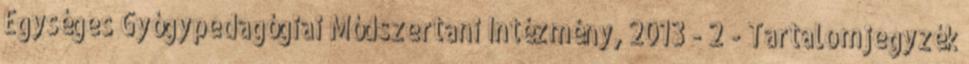
Egységes Gyógypedagógiai Módszertani Intézmény, 2013 - 2 - Tartalomjegyzék